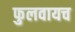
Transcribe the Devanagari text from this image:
फुलवायच